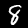
Label: 8